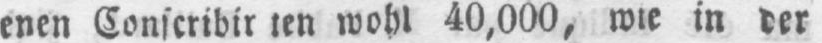
enen Conscribir ien wohl 40,000, wie in der